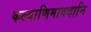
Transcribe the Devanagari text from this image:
कल्याणिमावदानि